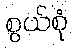
စွယ်စုံ